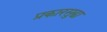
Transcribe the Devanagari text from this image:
प्रकारसुद्घा